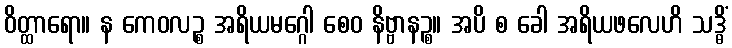
ဝိတ္ထာရော။ န ကေဝလဉ္စ အရိယမဂ္ဂေါ စေဝ နိဗ္ဗာနဉ္စ။ အပိ စ ခေါ အရိယဖလေဟိ သဒ္ဓိံ